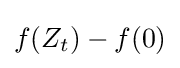
f(Z_{t})-f(0)